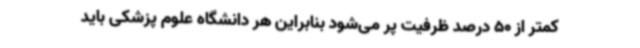
کمتر از 50 درصد ظرفیت پر می‌شود بنابراین هر دانشگاه علوم پزشکی باید